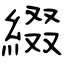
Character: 綴